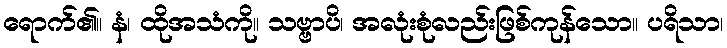
ရောက်၏။ နံ၊ ထိုအသံကို။ သဗ္ဗာပိ၊ အလုံးစုံလည်းဖြစ်ကုန်သော။ ပရိသာ၊